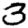
Digit: 3